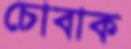
চোবাক